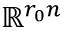
\mathbb { R } ^ { r _ { 0 } n }